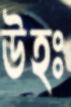
উহঃ